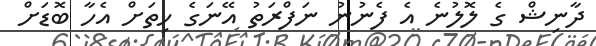
ދާނިޝް ގެ ލޮލުނެ އެ ފެނުނު ނަފްރަތު އޭނަގެ ހިތަށް އެހާ ބޮޑަށް